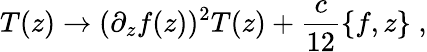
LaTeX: T(z)\rightarrow(\partial_{z}f(z))^{2}T(z)+\frac{c}{12}\{ f,z\} \; ,